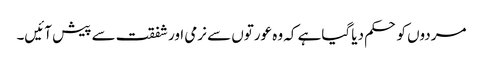
مردوں کو حکم دیا گیاہے کہ وہ عورتوں سے نرمی اورشفقت سے پیش آئیں۔